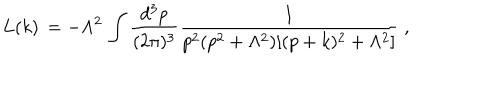
L ( k ) \, = - \Lambda ^ { 2 } \, \int \frac { d ^ { 3 } p } { ( 2 \pi ) ^ { 3 } } \frac { 1 } { p ^ { 2 } ( p ^ { 2 } + \Lambda ^ { 2 } ) [ ( p + k ) ^ { 2 } + \Lambda ^ { 2 } ] } \; ,